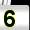
Digit: 5